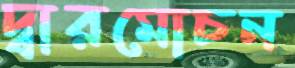
দ্বারমোচন